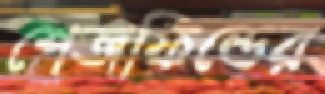
শেজফিল্ডের